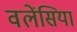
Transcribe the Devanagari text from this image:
वलेंसिया